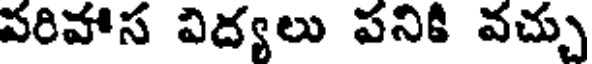
పరిహాస విద్యలు పనికి వచ్చు